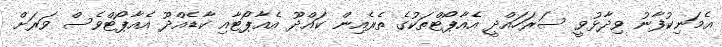
އެމަނިކުފާނު ވިދާޅުވީ ސަރަހައްދީ އެއާޕޯޓްތަކުގެ ތެރެއިން ކައްދޫ އެއާޕޯޓާއި ކާޑެއްދޫ އެއާޕޯޓްވެސް ވަރަށް